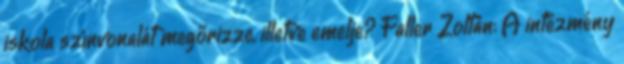
iskola színvonalát megőrizze, illetve emelje? Faller Zoltán: A intézmény